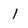
Character: l